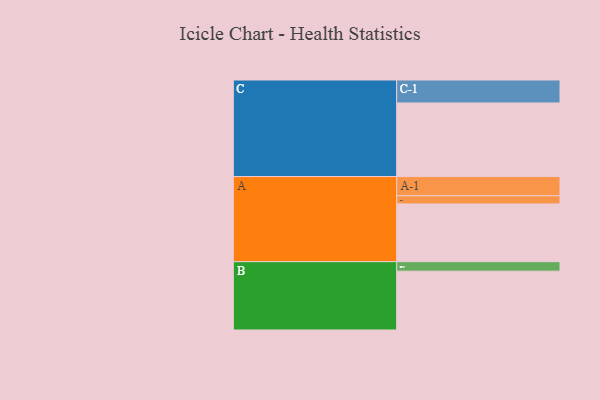
{"axis": {"x": "Segment", "y": "Value"}, "legend": ["", "A", "B", "C"], "data": [{"x": "A", "y": 425, "type": ""}, {"x": "B", "y": 433, "type": ""}, {"x": "C", "y": 542, "type": ""}, {"x": "A-1", "y": 141, "type": "A"}, {"x": "A-2", "y": 60, "type": "A"}, {"x": "B-1", "y": 70, "type": "B"}, {"x": "C-1", "y": 169, "type": "C"}]}